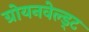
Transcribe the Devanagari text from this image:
ग्रोयनवेल्ड्ट